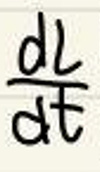
$\frac{dL}{dt}$